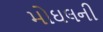
મોઘલની